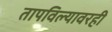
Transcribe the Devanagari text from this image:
तापविल्यावरही